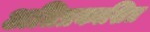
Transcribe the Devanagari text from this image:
अतिप्रकाशित